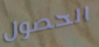
الحصول